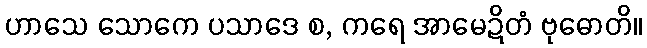
ဟာသေ သောကေ ပသာဒေ စ, ကရေ အာမေဍိတံ ဗုဓောတိ။